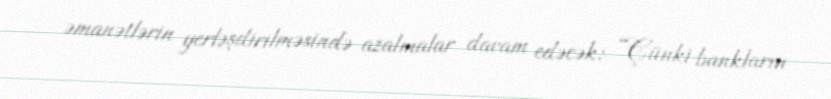
əmanətlərin yerləşdirilməsində azalmalar davam edəcək: “Çünki bankların